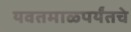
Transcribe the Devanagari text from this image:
यवतमाळपर्यंतचे